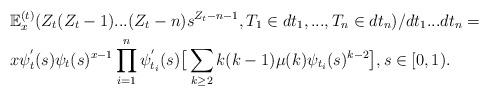
LaTeX: \begin{align*}&\mathbb E_x^{(t)}(Z_t(Z_t-1)...(Z_t-n) s^{Z_t-n-1}, T_1\in dt_1, ..., T_n\in dt_n)/ dt_1...dt_n= \\& x\psi _t^{'}(s) \psi _t(s)^{x-1} \prod_{i=1}^n \psi _{t_i}^{'}(s) \big[ \sum_{k\geq 2} k(k-1)\mu (k) \psi _{t_i}(s)^{k-2}\big], s\in [0,1).\end{align*}